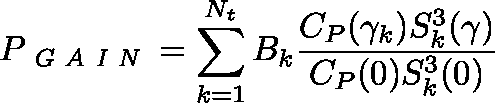
P _ { \textit { G A I N } } = \sum _ { k = 1 } ^ { N _ { t } } B _ { k } \frac { C _ { P } ( \gamma _ { k } ) S _ { k } ^ { 3 } ( \mathbf { \gamma } ) } { C _ { P } ( 0 ) S _ { k } ^ { 3 } ( 0 ) }